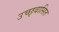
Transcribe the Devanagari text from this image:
उच्छ्वासित